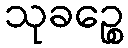
သုခဉ္စေ